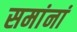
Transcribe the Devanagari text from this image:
समांनां